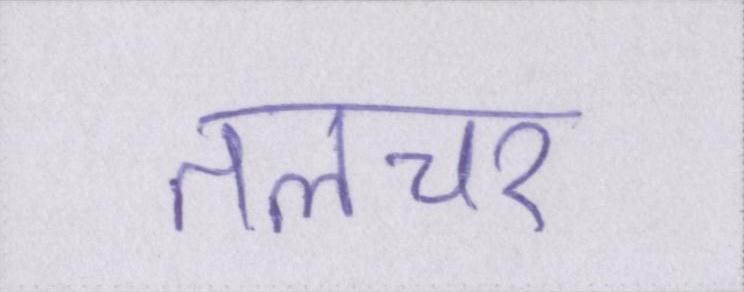
तलचर